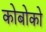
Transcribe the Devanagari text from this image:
कोबोको